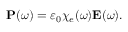
\mathbf { P } ( \omega ) = \varepsilon _ { 0 } \chi _ { e } ( \omega ) \mathbf { E } ( \omega ) .